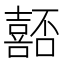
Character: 嚭